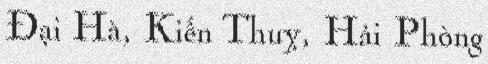
Đại Hà, Kiến Thuỵ, Hải Phòng